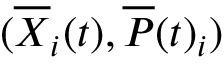
( \overline { { X } } _ { i } ( t ) , \overline { { P } } ( t ) _ { i } )